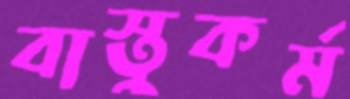
বাস্তুকর্ম